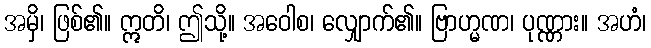
အမှိ၊ ဖြစ်၏။ ဣတိ၊ ဤသို့။ အဝေါစ၊ လျှောက်၏။ ဗြာဟ္မဏ၊ ပုဏ္ဏား။ အဟံ၊